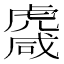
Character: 𧇱